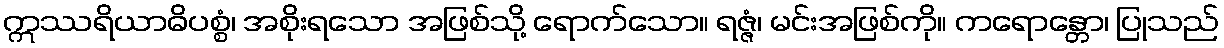
ဣဿရိယာဓိပစ္စံ၊ အစိုးရသော အဖြစ်သို့ ရောက်သော။ ရဇ္ဇံ၊ မင်းအဖြစ်ကို။ ကရောန္တော၊ ပြုသည်